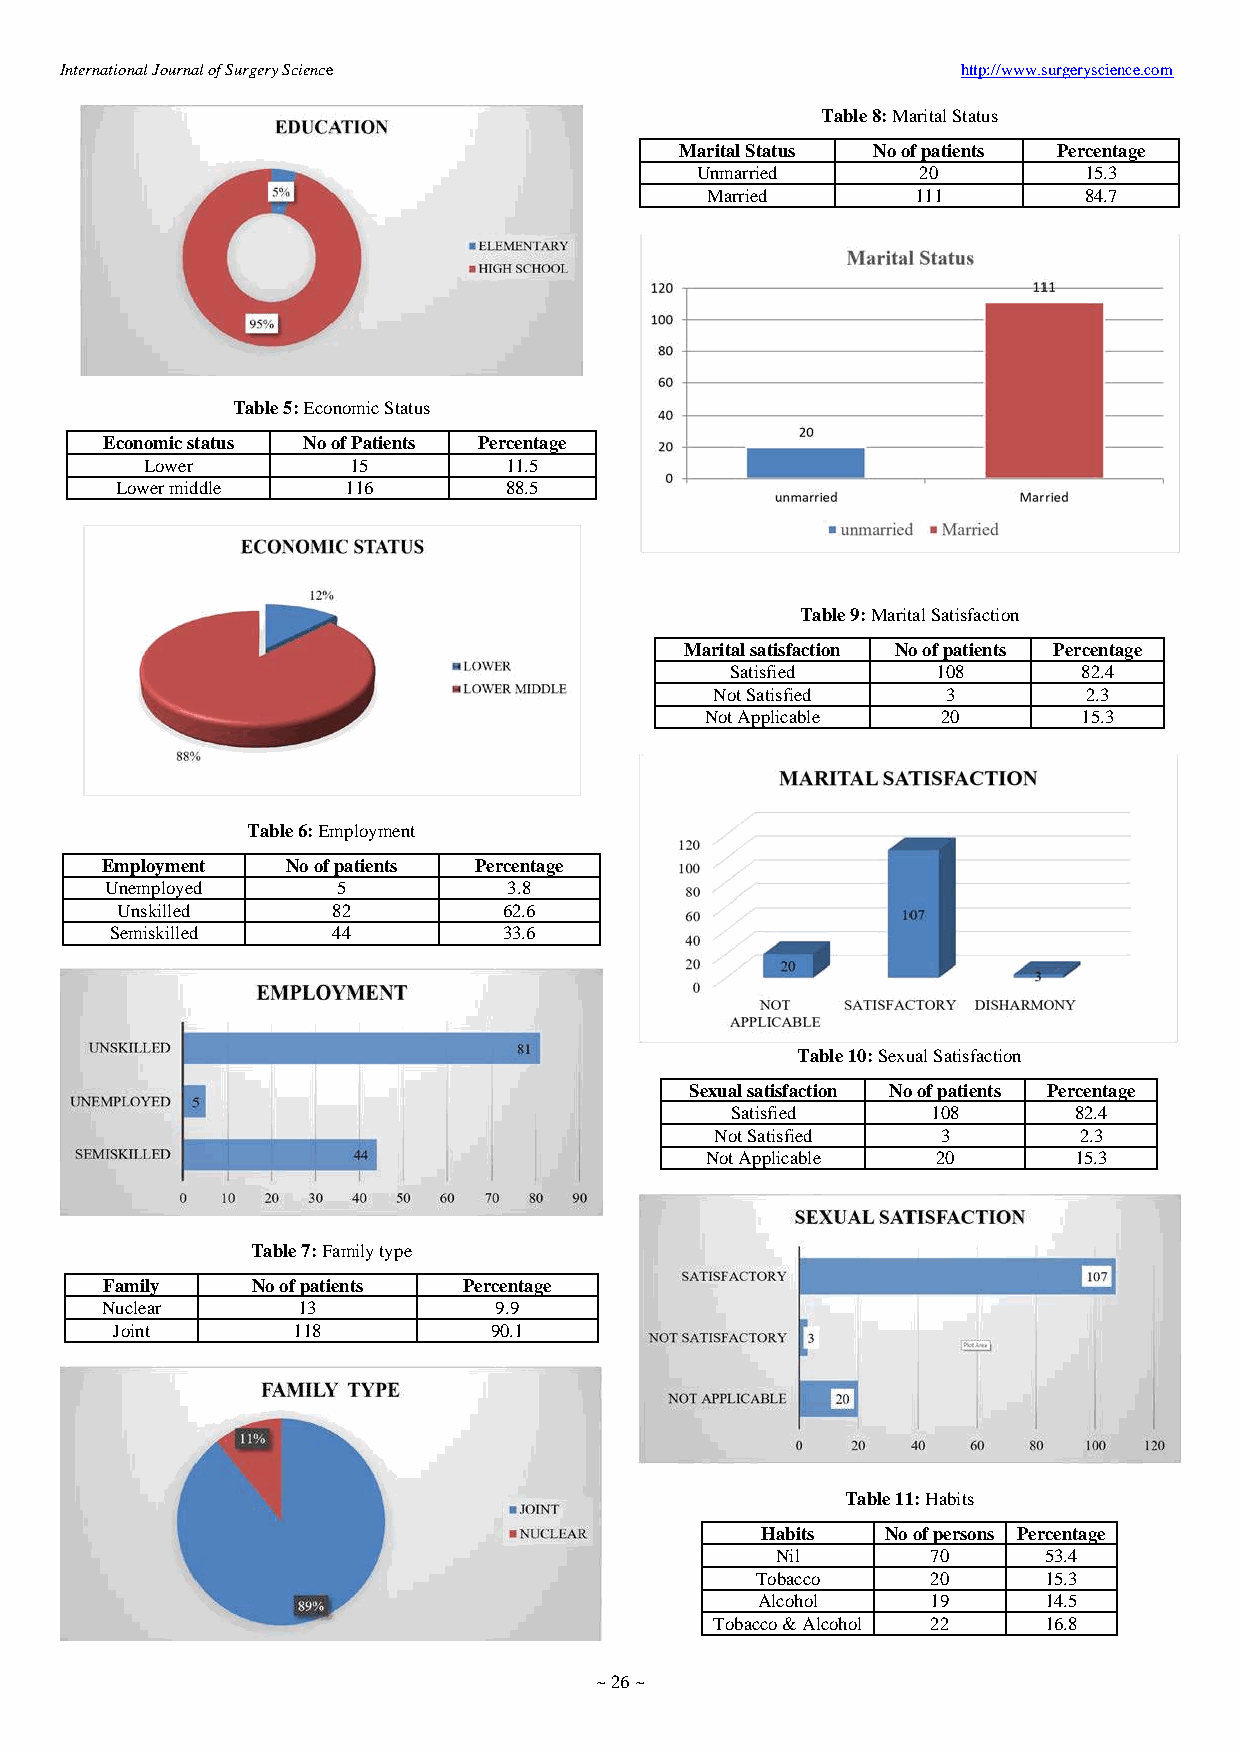
International Journal of Surgery Science                    http://www.surgeryscience.com
 Table 8: Marital Status
 Marital Status No of patients Percentage
 Unmarried      20         15.3
 Married       111        84.7
 Table 5: Economic Status
 Economic status No of Patients Percentage
 Lower        15        11.5
 Lower middle   116       88.5
 Table 9: Marital Satisfaction
 Marital satisfaction No of patients Percentage
 Satisfied     108       82.4
 Not Satisfied   3        2.3
 Not Applicable 20        15.3
 Table 6: Employment
 Employment  No of patients Percentage
 Unemployed     5           3.8
 Unskilled     82         62.6
 Semiskilled    44         33.6
 Table 10: Sexual Satisfaction
 Sexual satisfaction No of patients Percentage
 Satisfied     108      82.4
 Not Satisfied  3        2.3
 Not Applicable 20       15.3
 Table 7: Family type
 Family    No of patients Percentage
 Nuclear      13           9.9
 Joint       118          90.1
 Table 11: Habits
 Habits   No of persons Percentage
 Nil        70     53.4
 Tobacco     20     15.3
 Alcohol     19     14.5
 Tobacco & Alcohol 22  16.8
 ~ 26 ~